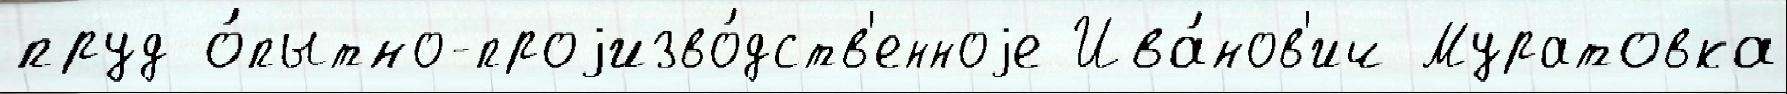
пруд о́пытно-проjизво́дств'енноjе Ива́нов'ич Муратовка